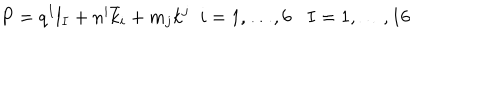
LaTeX: P = q ^ { I } l _ { I } + n ^ { i } { \bar { k } } _ { i } + m _ { j } k ^ { j } \; \; i = 1 , \dots , 6 I = 1 , \dots , 1 6